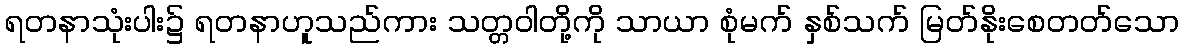
ရတနာသုံးပါး၌ ရတနာဟူသည်ကား သတ္တဝါတို့ကို သာယာ စုံမက် နှစ်သက် မြတ်နိုးစေတတ်သော